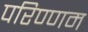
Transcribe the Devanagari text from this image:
परिण्णम